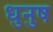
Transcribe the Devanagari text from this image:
धुनुष